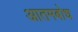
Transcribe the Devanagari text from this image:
आतमबोध